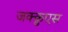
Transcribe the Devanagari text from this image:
जक्क़ुएस